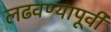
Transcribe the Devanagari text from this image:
लढवण्यापूर्वी